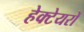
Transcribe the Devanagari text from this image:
हेक्टेयरों